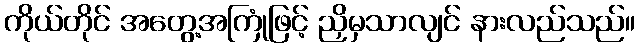
ကိုယ်တိုင် အတွေ့အကြုံဖြင့် ညှိမှသာလျင် နားလည်သည်။